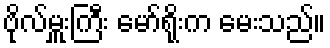
ဗိုလ်မှူးကြီး မော်ရိုးက မေးသည်။